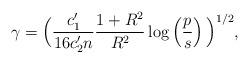
LaTeX: \begin{align*}\gamma=\Big(\frac{c_1'}{16 c_2' n}\frac{1+R^2}{R^2}\log\left(\frac{p}{s}\right)\Big)^{1/2},\end{align*}